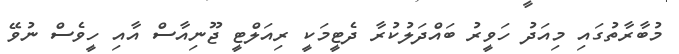
މުބާރާތުގައި މިއަދު ހަވީރު ބައްދަލުކުރާ ދެޓީމަކީ ރިއަލްޓީ ޖޫނިއާސް އާއި ހީވެސް ނުވޭ